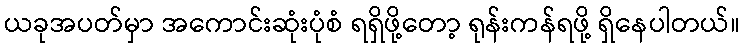
ယခုအပတ်မှာ အကောင်းဆုံးပုံစံ ရရှိဖို့တော့ ရုန်းကန်ရဖို့ ရှိနေပါတယ်။